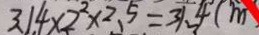
3 . 1 4 \times 2 ^ { 2 } \times 2 . 5 = 3 1 . 4 ( m )